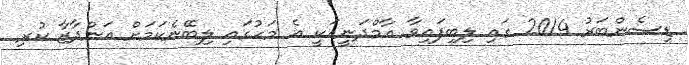
ޑިސެންބަރު 2014 ގައި ލިބިފައިވާ އާމްދަނީއަކީ އެ މަހުގައި ލިބޭނެކަމަށް އަންދާޒާ ކުރި